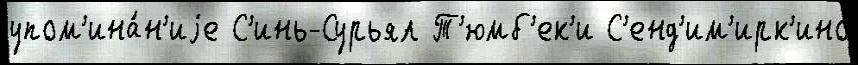
упом'ина́н'иjе С'инь-Сурьял Т'юмб'ек'и С'енд'им'ирк'ино